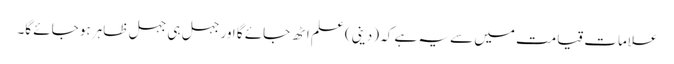
علامات قیامت میں سے یہ ہے کہ (دینی) علم اٹھ جائے گا اور جہل ہی جہل ظاہر ہو جائے گا۔